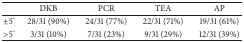
|  | DKB | PCR | TEA | AP |
 | --- | --- | --- | --- | --- |
 | ±5° | 28/31 (90%) | 24/31 (77%) | 22/31 (71%) | 19/31 (61%) |
 | >5° | 3/31 (10%) | 7/31 (23%) | 9/31 (29%) | 12/31 (39%) |